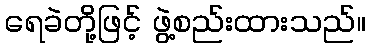
ရေခဲတို့ဖြင့် ဖွဲ့စည်းထားသည်။